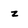
Character: z